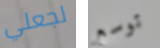
لجعلي توسع